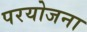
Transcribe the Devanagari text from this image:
परयोजना